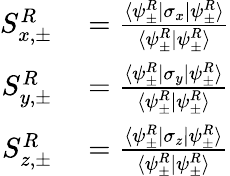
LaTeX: \begin{array}{rl}{S_{x,\pm}^{R}}&{{}=\frac{\langle\psi_{\pm}^{R}|\sigma_{x}|\psi_{\pm}^{R}\rangle}{\langle\psi_{\pm}^{R}|\psi_{\pm}^{R}\rangle}}\\ {S_{y,\pm}^{R}}&{{}=\frac{\langle\psi_{\pm}^{R}|\sigma_{y}|\psi_{\pm}^{R}\rangle}{\langle\psi_{\pm}^{R}|\psi_{\pm}^{R}\rangle}}\\ {S_{z,\pm}^{R}}&{{}=\frac{\langle\psi_{\pm}^{R}|\sigma_{z}|\psi_{\pm}^{R}\rangle}{\langle\psi_{\pm}^{R}|\psi_{\pm}^{R}\rangle}}\end{array}